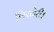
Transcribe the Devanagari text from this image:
बिखेरी।